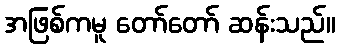
အဖြစ်ကမူ တော်တော် ဆန်းသည်။